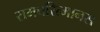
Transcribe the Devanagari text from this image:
रामचरित्मानस